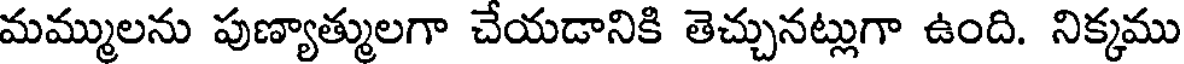
మమ్ములను పుణ్యాత్ములగా చేయడానికి తెచ్చునట్లుగా ఉంది. నిక్కము